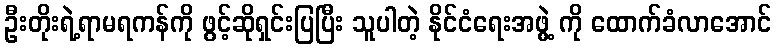
ဦးတိုးရဲ့ရာမရကန်ကို ဖွင့်ဆိုရှင်းပြပြီး သူပါတဲ့ နိုင်ငံရေးအဖွဲ့ ကို ထောက်ခံလာအောင်